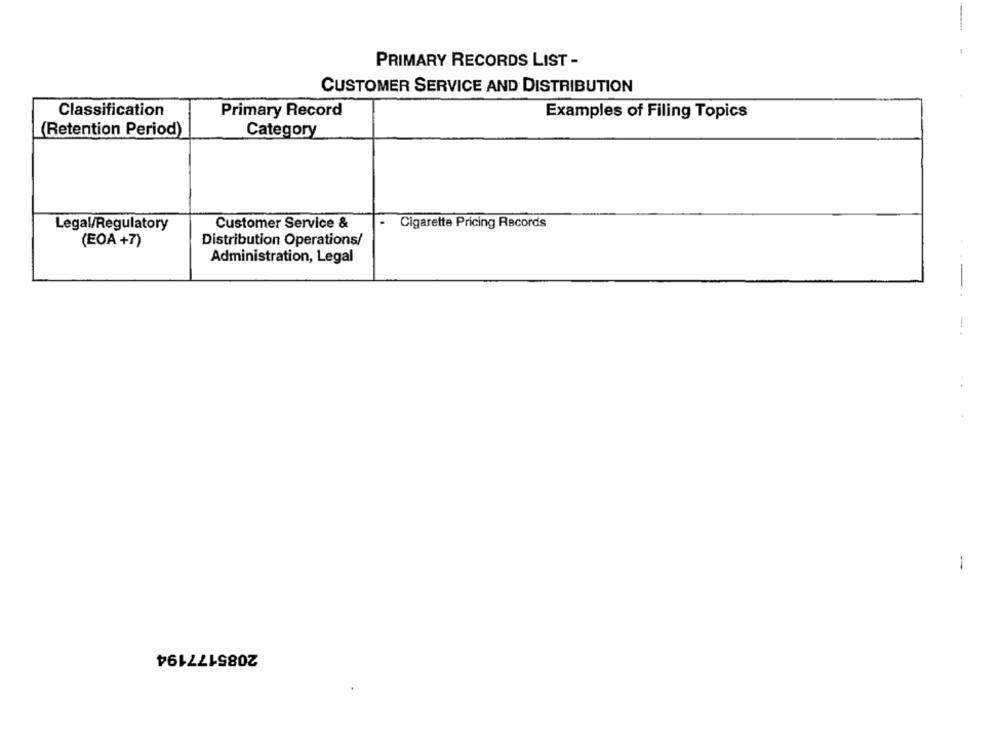
PRIMARY RECORDS LIST -
CUSTOMER SERVICE AND DISTRIBUTION
Classification
Primary Record
Examples of Filing Topics
(Retention Period)
Category
Legal/Regulatory
Customer Service &
Cigarette Pricing Records
(EOA +7)
Distribution Operations/
Administration, Legal
--
1
2085177194